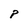
Character: P